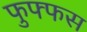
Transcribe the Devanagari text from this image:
फुफ्फस